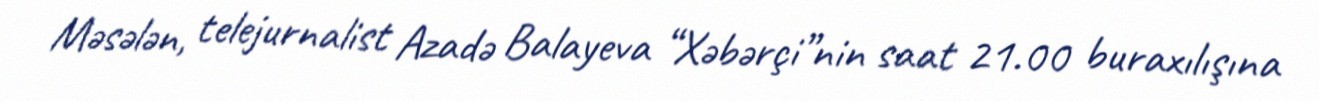
Məsələn, telejurnalist Azadə Balayeva “Xəbərçi”nin saat 21.00 buraxılışına